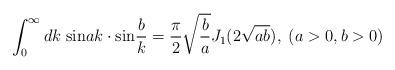
LaTeX: \begin{align*}\int_0^{\infty}dk\;{\rm sin}ak \cdot{\rm sin}\frac{b}{k}=\frac{\pi}{2}\sqrt{\frac{b}{a}}J_1(2\sqrt{ab}),\;(a>0,b>0)\end{align*}